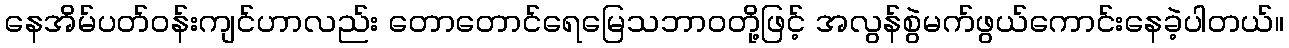
နေအိမ်ပတ်ဝန်းကျင်ဟာလည်း တောတောင်ရေမြေသဘာဝတို့ဖြင့် အလွန်စွဲမက်ဖွယ်ကောင်းနေခဲ့ပါတယ်။